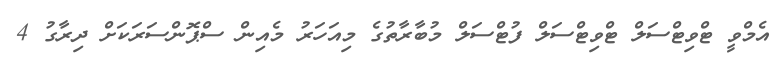
އެމްވީ ޓްވިޓްސަލް ޓްވިޓްސަލް ފުޓްސަލް މުބާރާތުގެ މިއަހަރު މެއިން ސްޕޮންސަރަކަށް ދިރާގު 4